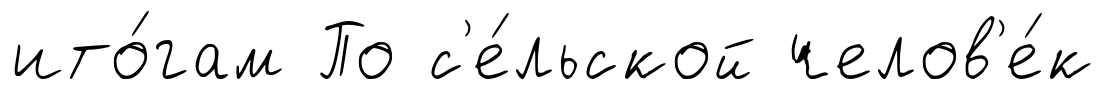
ито́гам По с'е́льской челов'е́к